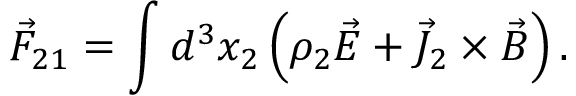
\vec { F } _ { 2 1 } = \int d ^ { 3 } x _ { 2 } \left( \rho _ { 2 } \vec { E } + \vec { J } _ { 2 } \times \vec { B } \right) .